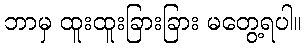
ဘာမှ ထူးထူးခြားခြား မတွေ့ရပါ။